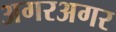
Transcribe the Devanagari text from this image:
अगरअगर